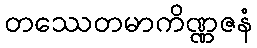
တဿေတမာကိဏ္ဏဇနံ